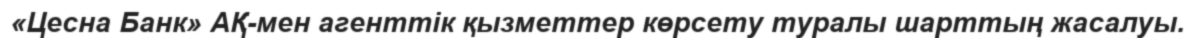
«Цесна Банк» АҚ-мен агенттік қызметтер көрсету туралы шарттың жасалуы.